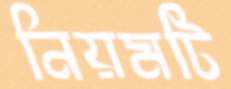
নিয়মটি